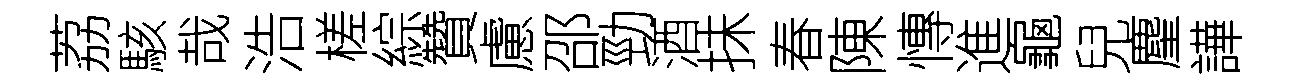
荔駭哉浩槎綜贊慮邵勁酒抺春陳慱進龜兒麈譁